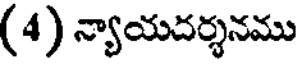
(4) న్యాయదర్శనము